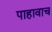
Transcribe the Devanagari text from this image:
पाहावाच